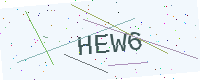
Text: HEW6